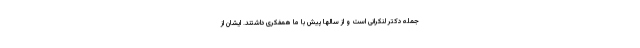
جمله دکتر لنکرانی است و از سالها پیش با ما همفکری داشتند. ایشان از